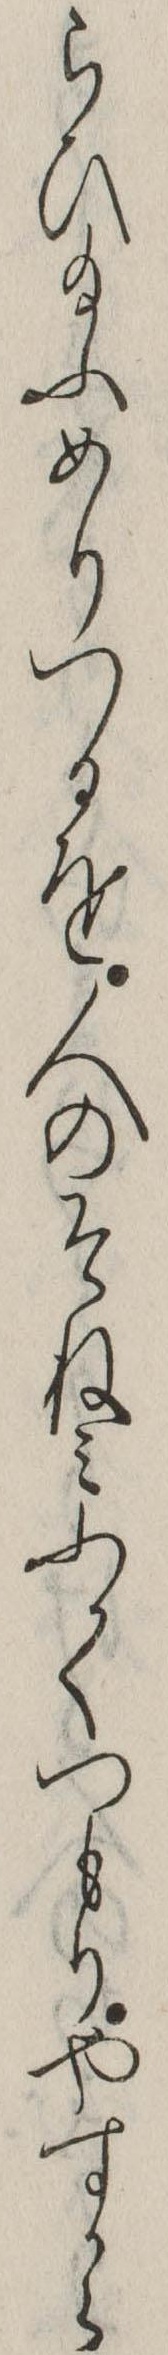
らひ給ふめりつるを人のそねみふかくつもりやすから